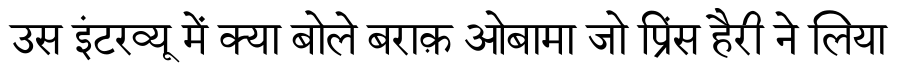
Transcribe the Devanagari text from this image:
उस इंटरव्यू में क्या बोले बराक़ ओबामा जो प्रिंस हैरी ने लिया